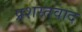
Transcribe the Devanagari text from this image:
प्रशस्तवाद